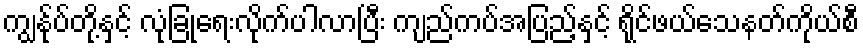
ကျွန်ုပ်တို့နှင့် လုံခြုံရေးလိုက်ပါလာပြီး ကျည်ကပ်အပြည့်နှင့် ရိုင်ဖယ်သေနတ်ကိုယ်စီ